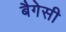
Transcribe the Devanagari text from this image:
बैगेसी